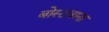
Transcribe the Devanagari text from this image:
बोस्टवाना